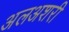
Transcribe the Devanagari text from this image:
अलअशरी